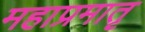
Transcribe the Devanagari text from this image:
महाप्रमातृ